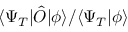
\langle \Psi _ { T } | \hat { O } | \phi \rangle / \langle \Psi _ { T } | \phi \rangle